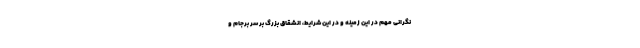
نگراني مهم در اين زمينه و در اين شرايط، انشقاق بزرگ بر سر برجام و